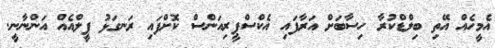
އެމީހެއް އޭތި ބިލްޑްކުރާ ހިސާބަށް އަރާފައި އެކްސްޕީރިއަންސް ކޮށްފައި ރަނގަޅު ފީލްއެއް އަންނާނީ.